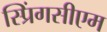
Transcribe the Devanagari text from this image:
स्प्रिंगसीएम